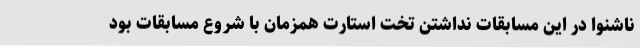
ناشنوا در این مسابقات نداشتن تخت استارت همزمان با شروع مسابقات بود